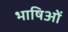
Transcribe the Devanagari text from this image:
भाषिओं